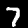
Label: 7